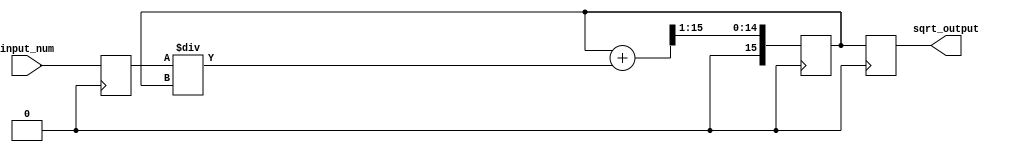
module fixed_point_sqrt(
    input signed [15:0] input_num,
    output reg signed [15:0] sqrt_output
);

reg signed [15:0] current_num;
reg signed [15:0] next_num;

always @ (posedge clk) begin
    current_num <= input_num;
    next_num <= current_num;
    repeat(5) begin
        next_num <= (next_num + (current_num / next_num)) >> 1;
    end
    sqrt_output <= next_num;
end

endmodule